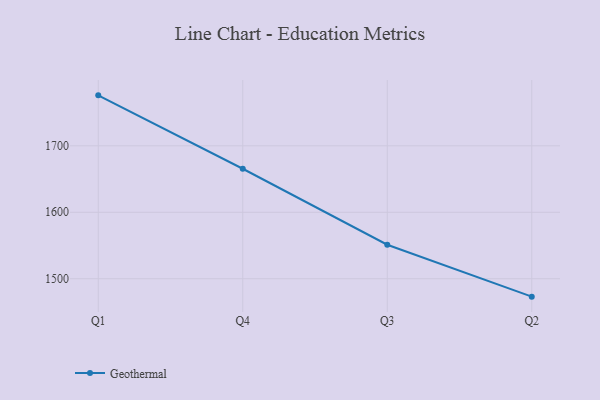
{"axis": {"x": "Quarter", "y": "Tickets Resolved"}, "legend": ["Geothermal"], "data": [{"x": "Q1", "y": 1776.0, "type": "Geothermal"}, {"x": "Q4", "y": 1665.5, "type": "Geothermal"}, {"x": "Q3", "y": 1551.1, "type": "Geothermal"}, {"x": "Q2", "y": 1473.0, "type": "Geothermal"}]}